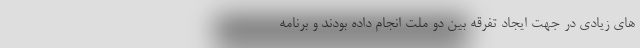
های زیادی در جهت ایجاد تفرقه بین دو ملت انجام داده بودند و برنامه